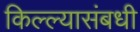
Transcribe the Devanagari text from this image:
किल्ल्यासंबधी